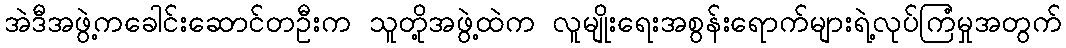
အဲဒီအဖွဲ့ကခေါင်းဆောင်တဦးက သူတို့အဖွဲ့ထဲက လူမျိုးရေးအစွန်းရောက်များရဲ့လုပ်ကြံမှုအတွက်